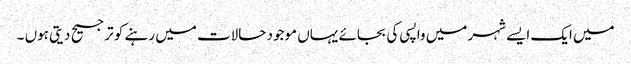
میں ایک ایسے شہر میں واپسی کی بجائے یہاں موجود حالات میں رہنے کو ترجیح دیتی ہوں ۔